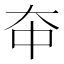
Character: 𫯞